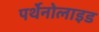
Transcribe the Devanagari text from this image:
पर्थेनोलाइड